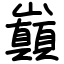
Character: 巔